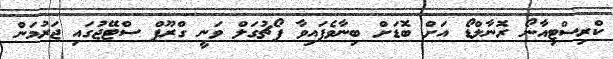
ކްރިސްޓިއާނޯ ރޮނާލްޑޯ އަށް ބޮޑަށް ބިނާވެފައިވާ ޕޯޗުގަލް ވަނީ ގްރޫޕް ސްޓޭޖުގައި ޖަރުމަން